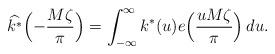
LaTeX: \begin{align*}\widehat{k^*}\Bigl( -\frac{M \zeta}{\pi} \Bigr) = \int_{-\infty}^\infty k^*(u) e\Bigl( \frac{u M \zeta}{\pi} \Bigr) \, d u.\end{align*}